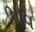
ભાવ